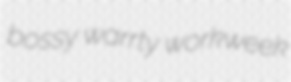
bossy warrty workweek